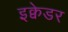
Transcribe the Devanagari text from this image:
इक्वेडर